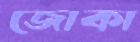
জোকা